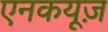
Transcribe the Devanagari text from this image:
एनकयूज़